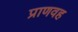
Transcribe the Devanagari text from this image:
प्राणवह